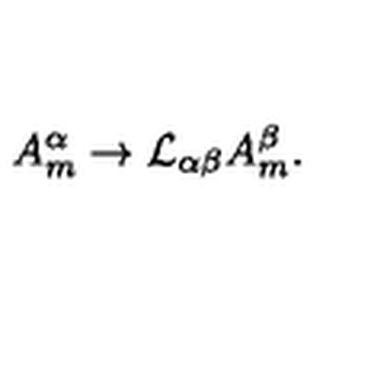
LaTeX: A _ { m } ^ { \alpha } \rightarrow { \cal L } _ { \alpha \beta } A _ { m } ^ { \beta } .